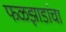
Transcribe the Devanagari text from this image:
फळझाडांचा